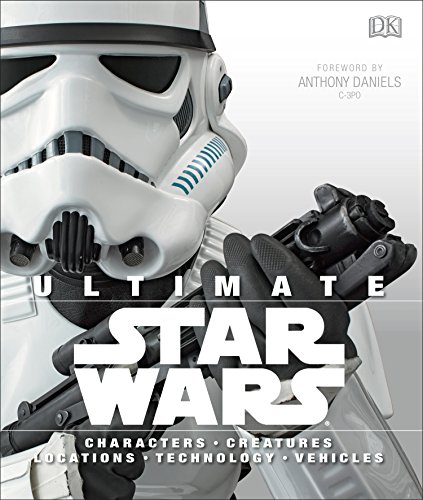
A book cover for Ultimate Star Wars; Ryder Windham; Humor & Entertainment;